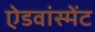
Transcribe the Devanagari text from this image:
ऐडवांस्मेंट